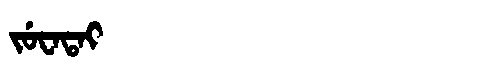
Manchu: ᠵᡠᠸᠠᡨᠠᡳ
Romanization: JUWATAI